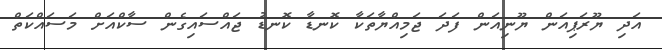
އަދި ޔޫރަޕިއަން ޔޫނިއަން ފަދަ ޖަމިއްޔާތަކާ ކޮނޑާ ކޮނޑު ޖައްސައިގެން ސާކްއަށް މަސައްކަތް